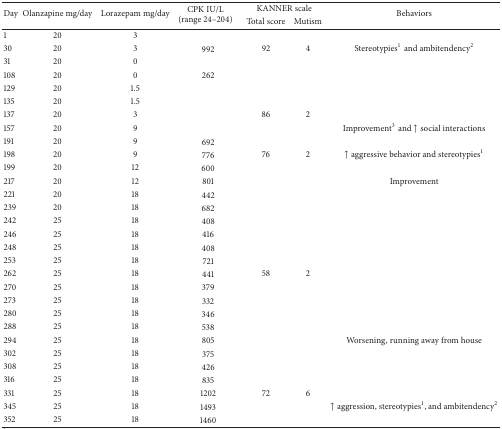
<table><thead><tr><td rowspan="2"><b>Day</b></td><td rowspan="2"><b>Olanzapine mg/day</b></td><td rowspan="2"><b>Lorazepam mg/day</b></td><td rowspan="2"><b>CPK IU/L (range 24–204)</b></td><td colspan="2"><b>KANNER scale</b></td><td rowspan="2"><b>Behaviors</b></td></tr><tr><td><b>Total score</b></td><td><b>Mutism</b></td></tr></thead><tbody><tr><td>1 </td><td>20</td><td>3</td><td> </td><td> </td><td> </td><td> </td></tr><tr><td>30 </td><td>20</td><td>3</td><td>992</td><td>92</td><td>4</td><td>Stereotypies<sup>1</sup>and ambitendency<sup>2</sup></td></tr><tr><td>31 </td><td>20</td><td>0</td><td> </td><td> </td><td> </td><td> </td></tr><tr><td>108</td><td>20</td><td>0</td><td>262</td><td> </td><td> </td><td> </td></tr><tr><td>129</td><td>20</td><td>1.5</td><td> </td><td> </td><td> </td><td> </td></tr><tr><td>135</td><td>20</td><td>1.5</td><td> </td><td> </td><td> </td><td> </td></tr><tr><td>137</td><td>20</td><td>3</td><td> </td><td>86</td><td>2</td><td> </td></tr><tr><td>157</td><td>20</td><td>9</td><td> </td><td> </td><td> </td><td>Improvement<sup>3</sup>and ↑ social interactions</td></tr><tr><td>191</td><td>20</td><td>9</td><td>692</td><td> </td><td> </td><td> </td></tr><tr><td>198</td><td>20</td><td>9</td><td>776</td><td>76</td><td>2</td><td>↑ aggressive behavior and stereotypies<sup>1</sup></td></tr><tr><td>199</td><td>20</td><td>12</td><td>600</td><td> </td><td> </td><td> </td></tr><tr><td>217</td><td>20</td><td>12</td><td>801</td><td> </td><td> </td><td>Improvement</td></tr><tr><td>221</td><td>20</td><td>18</td><td>442</td><td> </td><td> </td><td> </td></tr><tr><td>239</td><td>20</td><td>18</td><td>682</td><td> </td><td> </td><td> </td></tr><tr><td>242</td><td>25</td><td>18</td><td>408</td><td> </td><td> </td><td> </td></tr><tr><td>246</td><td>25</td><td>18</td><td>416</td><td> </td><td> </td><td> </td></tr><tr><td>248</td><td>25</td><td>18</td><td>408</td><td> </td><td> </td><td> </td></tr><tr><td>253</td><td>25</td><td>18</td><td>721</td><td> </td><td> </td><td> </td></tr><tr><td>262</td><td>25</td><td>18</td><td>441</td><td>58</td><td>2</td><td> </td></tr><tr><td>270</td><td>25</td><td>18</td><td>379</td><td> </td><td> </td><td> </td></tr><tr><td>273</td><td>25</td><td>18</td><td>332</td><td> </td><td> </td><td> </td></tr><tr><td>280</td><td>25</td><td>18</td><td>346</td><td> </td><td> </td><td> </td></tr><tr><td>288</td><td>25</td><td>18</td><td>538</td><td> </td><td> </td><td> </td></tr><tr><td>294</td><td>25</td><td>18</td><td>805</td><td> </td><td> </td><td>Worsening, running away from house</td></tr><tr><td>302</td><td>25</td><td>18</td><td>375</td><td> </td><td> </td><td> </td></tr><tr><td>308</td><td>25</td><td>18</td><td>426</td><td> </td><td> </td><td> </td></tr><tr><td>316</td><td>25</td><td>18</td><td>835</td><td> </td><td> </td><td> </td></tr><tr><td>331</td><td>25</td><td>18</td><td>1202</td><td>72</td><td>6</td><td> </td></tr><tr><td>345</td><td>25</td><td>18</td><td>1493</td><td> </td><td> </td><td>↑ aggression, stereotypies<sup>1</sup>, and ambitendency<sup>2</sup></td></tr><tr><td>352</td><td>25</td><td>18</td><td>1460</td><td> </td><td> </td><td> </td></tr></tbody></table>